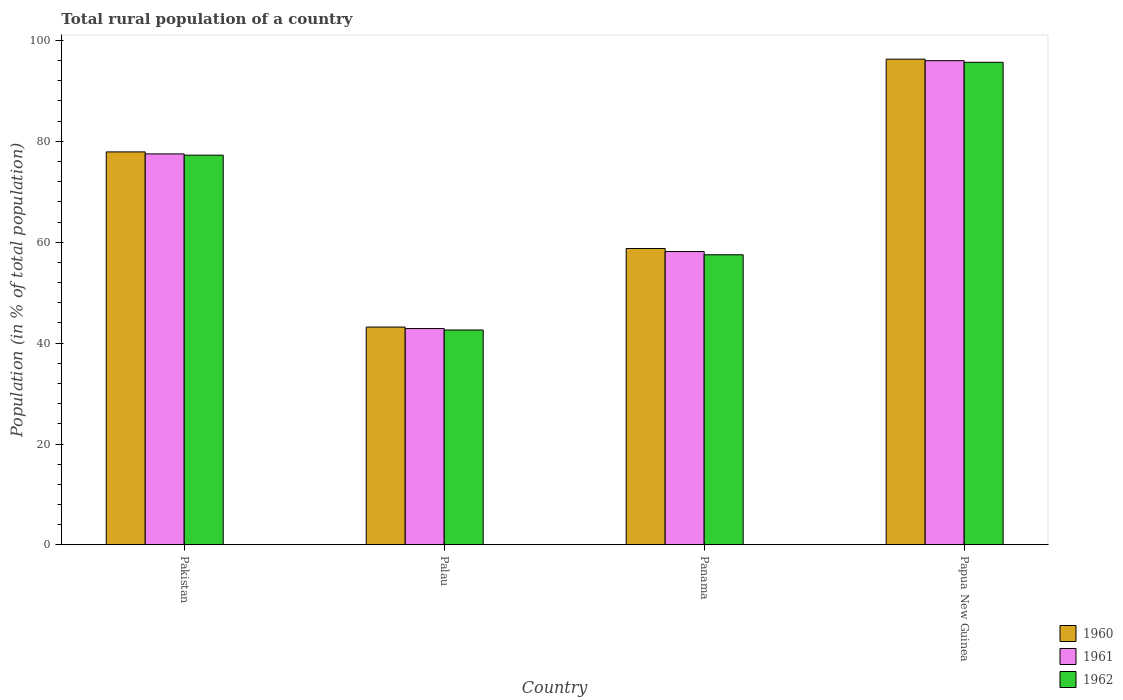
| Country | 1960 | 1961 | 1962 |
 | --- | --- | --- | --- |
 | Pakistan | 77.9 | 77.5 | 77.2 |
 | Palau | 43.2 | 42.9 | 42.6 |
 | Panama | 58.8 | 58.1 | 57.5 |
 | Papua New Guinea | 96.3 | 96 | 95.7 |